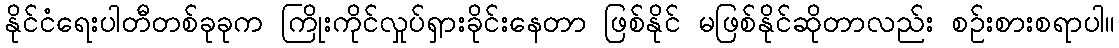
နိုင်ငံရေးပါတီတစ်ခုခုက ကြိုးကိုင်လှုပ်ရှားခိုင်းနေတာ ဖြစ်နိုင် မဖြစ်နိုင်ဆိုတာလည်း စဉ်းစားစရာပါ။